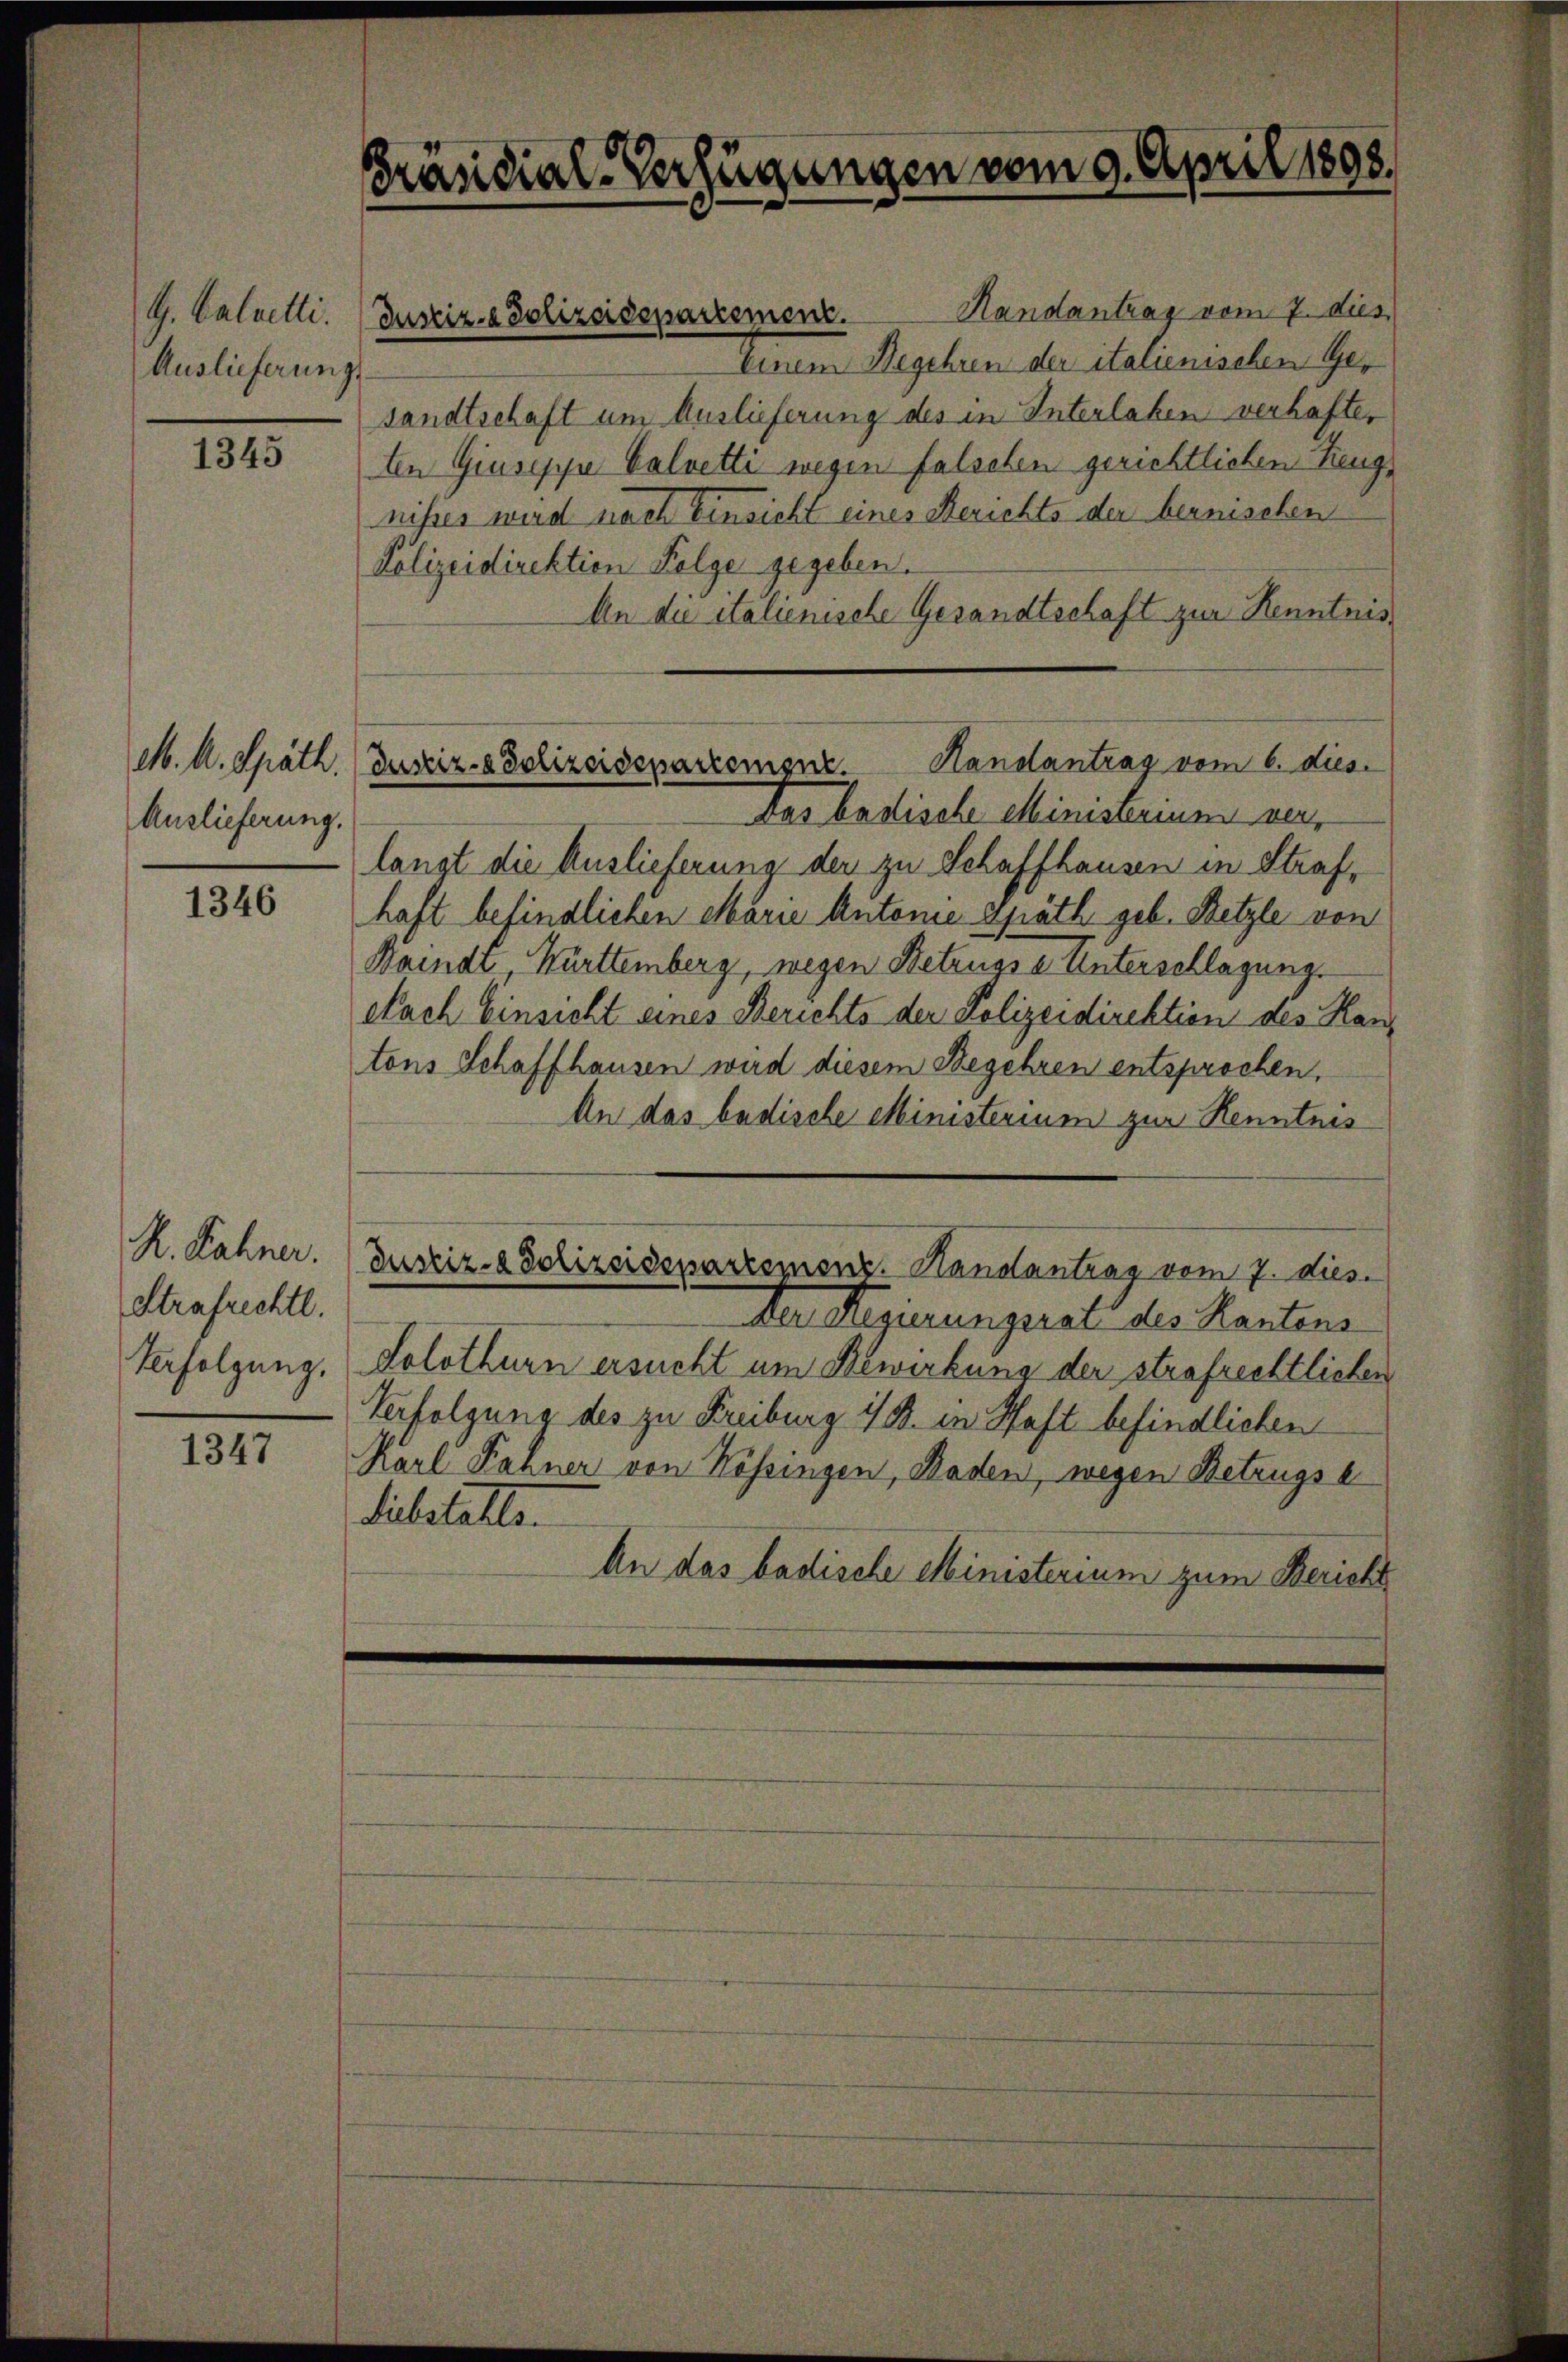
G. Calvelli.
Auslieferung

1345

Auslieferung.

1346

R. Rahner.
Strafrechtl.
Verfolgung.

1347

Präsidial-Verfügungen vom 9. April 1898.

Handantrag vom 7. dies
keinen Begehung der italienischen Ges
sandtschaft um Auslieferung des in Interlaben verhafter
ten Giuseppe Calvetti wegen falschen gerichtlichen Reuge
nisies wird nach Einsicht eines Berichts der bernischen
Polizeidirektion Folge gegeben.
An die italienische Gesandtschaft zur Kenntnis¬
Das badische Ministerium neu
langt die Auslieferung der zu Schaffhausen in Strafhaft befindlichen Marie Antonie späth geb. Betzle von
Waindt, Württemberg, wegen Betrugse Unterschlagung.
Nach Einsicht eines Berichts der Polizeidirektion des Hantons Schaffhausen wird diesem Begehren entsprochen.
An das badische Ministerium zur Kenntnis
(Justiz- & Polizeidepartement. Handantrag vom 7. dies
Der Regierungsrat des Kantens
Solothurn ersucht um Bewirkung der strafrechtlichen
Verfolgung des zu Freiburg i/B. in Haft befindlichen
Karl Fahner von Kössingen, Baden, wegen Betrugse
Substatte.
An das badische Ministerium zum Bericht

Justiz- & Polizeidepartement.

Handantrag vom 6. dies
M. A. Späth. (Justiz- & Polizeidepartement.